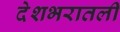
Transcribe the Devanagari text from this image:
देशभरातली